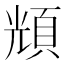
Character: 𩒚